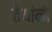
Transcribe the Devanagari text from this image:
तेयांनी